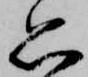
思